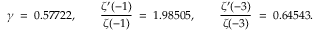
\gamma \; = \; 0 . 5 7 7 2 2 , \qquad { \frac { \zeta ^ { \prime } ( - 1 ) } { \zeta ( - 1 ) } } \; = \; 1 . 9 8 5 0 5 , \qquad { \frac { \zeta ^ { \prime } ( - 3 ) } { \zeta ( - 3 ) } } \; = \; 0 . 6 4 5 4 3 .